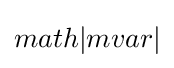
{math|{mvar|}}